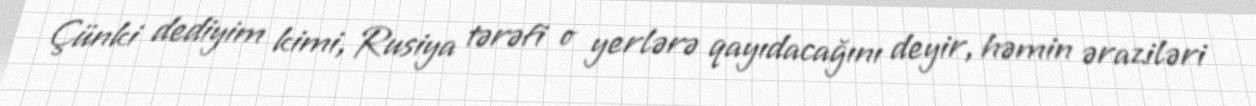
Çünki dediyim kimi, Rusiya tərəfi o yerlərə qayıdacağını deyir, həmin əraziləri